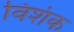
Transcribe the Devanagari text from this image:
विशंक